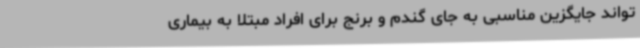
تواند جایگزین مناسبی به جای گندم و برنج برای افراد مبتلا به بیماری